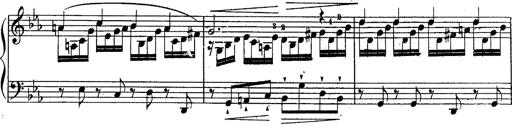
Title: Schubert's Impromptus [revised and edited by Franz Liszt]
Composer: Franz Liszt